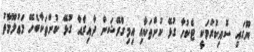
ޔޫގައި ސޮއިކުރުމަކީ ޓެކުހާ ގުޅޭ ކުށްތަކާއި އިމިގްރޭޝަން ދާއިރާއާ ގުޅޭ ކުށްތަކާބެހޭ މަޢުލޫމާތު